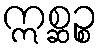
ဣစ္ဆဉ္စ